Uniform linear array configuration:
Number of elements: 48
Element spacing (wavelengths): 0.75
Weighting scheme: kaiser
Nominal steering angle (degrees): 0
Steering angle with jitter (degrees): -0.1725
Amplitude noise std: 0.05
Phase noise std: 0.05

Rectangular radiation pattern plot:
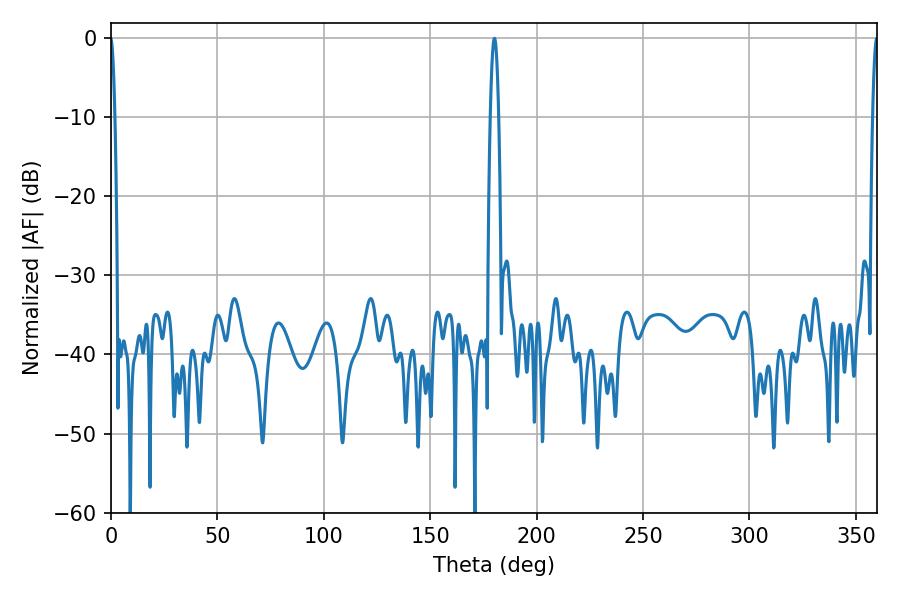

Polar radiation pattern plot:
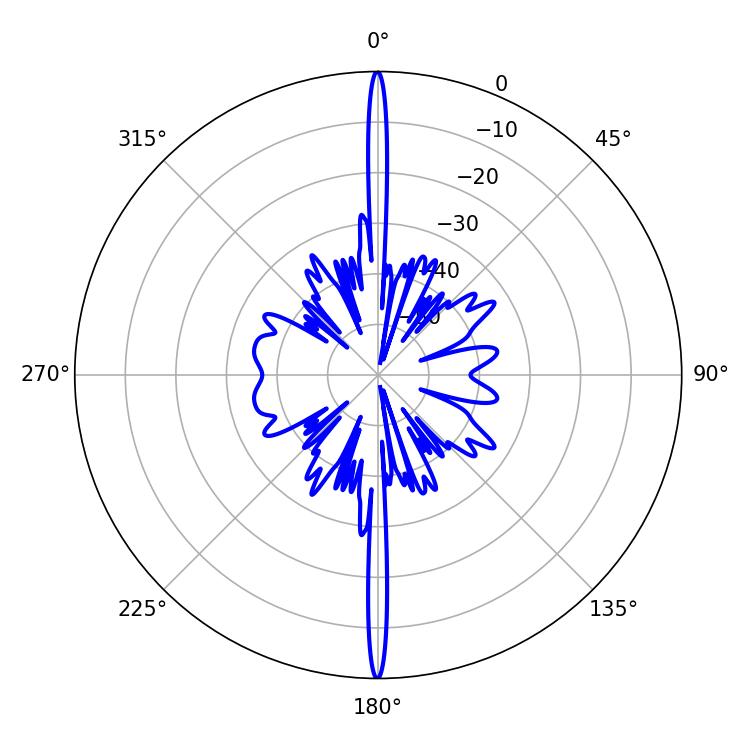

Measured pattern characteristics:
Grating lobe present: TRUE
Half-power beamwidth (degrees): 1.26
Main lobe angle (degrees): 359.82